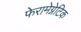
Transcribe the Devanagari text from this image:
फेरामेग्नेटिक